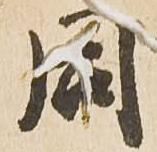
同